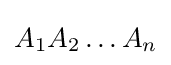
A_{1}A_{2}\ldots A_{n}